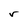
Character: v